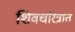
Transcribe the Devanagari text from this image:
शिवचरित्रात